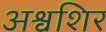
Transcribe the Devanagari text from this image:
अश्वशिर